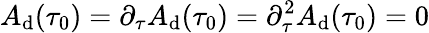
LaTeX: A_{\mathrm{d}}(\tau_{0})=\partial_{\tau}A_{\mathrm{d}}(\tau_{0})=\partial_{\tau}^{2}A_{\mathrm{d}}(\tau_{0})=0